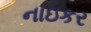
નાઇકર